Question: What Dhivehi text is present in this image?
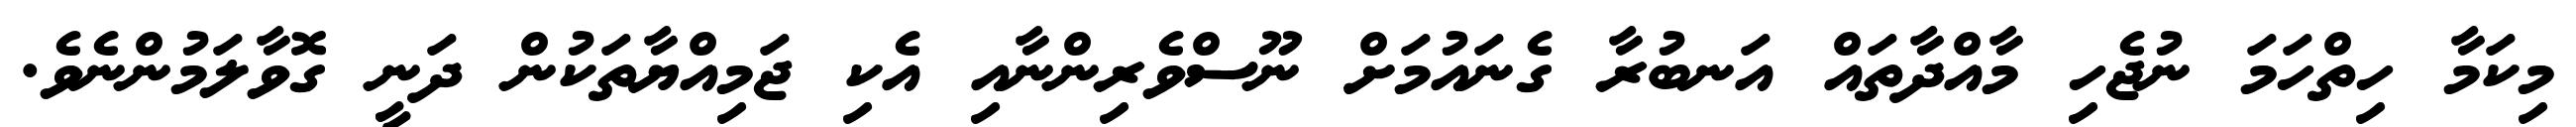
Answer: މިކަމާ ހިތްހަމަ ނުޖެހި މާއްދާތައް އަނބުރާ ގެނައުމަށް ނޫސްވެރިންނާއި އެކި ޖަމިއްޔާތަކުން ދަނީ ގޮވާލަމުންނެވެ.